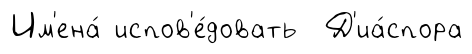
Им'ена́ испов'е́довать Д'иа́спора